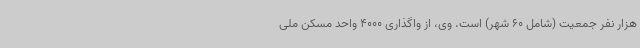
هزار نفر جمعیت (شامل 60 شهر) است. وی، از واگذاری 4000 واحد مسکن ملی